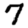
Digit: 7